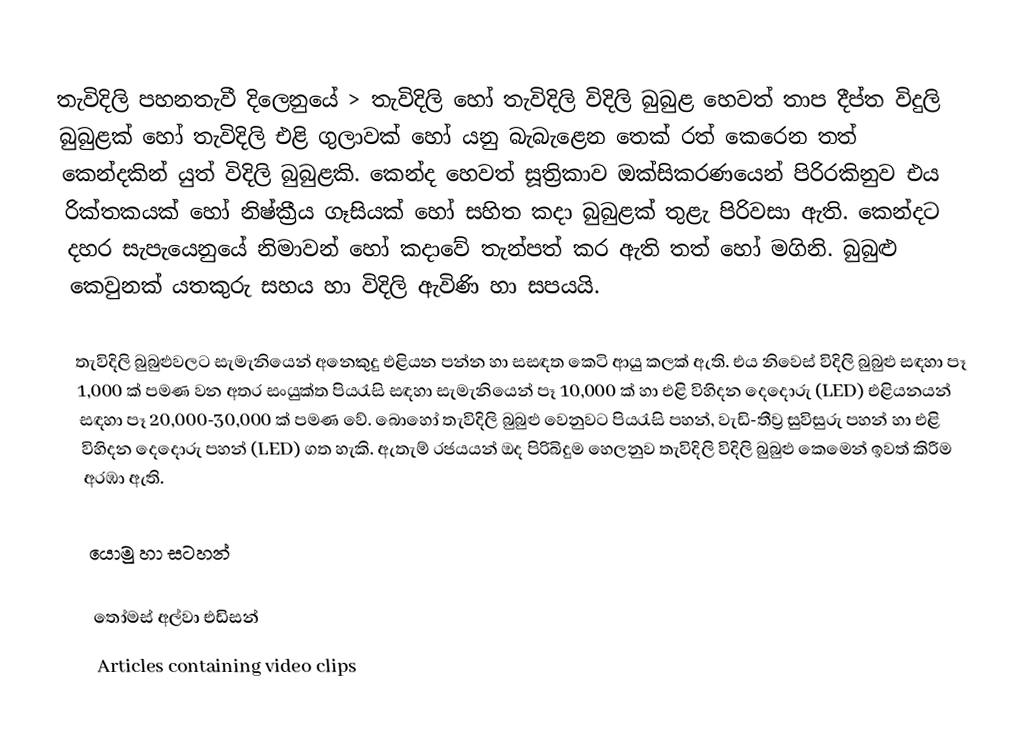
තැවිදිලි පහනතැවී දිලෙනුයේ > තැවිදිලි හෝ තැවිදිලි විදිලි බුබුළ හෙවත් තාප දීප්ත විදුලි බුබුළක් හෝ තැවිදිලි එළි ගුලාවක් හෝ යනු බැබැළෙන තෙක් රත් කෙරෙන තත් කෙන්දකින් යුත් විදිලි බුබුළකි. කෙන්ද හෙවත් සූත්‍රිකාව ඔක්සිකරණයෙන් පිරිරකිනුව එය රික්තකයක් හෝ නිෂ්ක්‍රීය ගෑසියක් හෝ සහිත කදා බුබුළක් තුළැ පිරිවසා ඇති. කෙන්දට දහර සැපැයෙනුයේ නිමාවන් හෝ කදාවේ තැන්පත් කර ඇති තත් හෝ මගිනි. බුබුළු කෙවුනක් යතකුරු සහය හා විදිලි ඇවිණි හා සපයයි.

තැවිදිලි බුබුළුවලට සැමැනියෙන් අනෙකුදු එළියන පන්න හා සසඳත කෙටි ආයු කලක් ඇති. එය නිවෙස් විදිලි බුබුළු සඳහා පෑ 1,000 ක් පමණ වන අතර සංයුක්ත පියරැසි සඳහා සැමැනියෙන් පෑ 10,000 ක් හා එළි විහිදන දෙදොරු (LED) එළියනයන් සඳහා පෑ 20,000-30,000 ක් පමණ වේ. බොහෝ තැවිදිලි බුබුළු වෙනුවට පියරැසි පහන්, වැඩි-තීව්‍ර සුවිසුරු පහන් හා එළි විහිදන දෙදොරු පහන් (LED) ගත හැකි. ඇතැම් රජයයන් ඔද පිරිබිදුම හෙලනුව තැවිදිලි විදිලි බුබුළු කෙමෙන් ඉවත් කිරීම අරඹා ඇති.

යොමු හා සටහන්

තෝමස් අල්වා එඩිසන්
Articles containing video clips